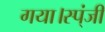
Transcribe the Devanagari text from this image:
गया।स्प्ंजी